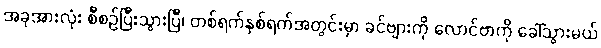
အခုအားလုံး စီစဉ်ပြီးသွားပြီ၊ တစ်ရက်နှစ်ရက်အတွင်းမှာ ခင်ဗျားကို လောင်ဗာကို ခေါ်သွားမယ်